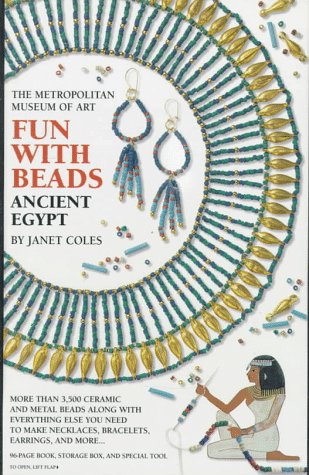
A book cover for Fun with Beads: Ancient Egypt; Janet Coles; Teen & Young Adult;